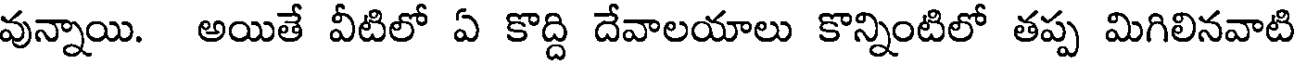
వున్నాయి. అయితే వీటిలో ఏ కొద్ది దేవాలయాలు కొన్నింటిలో తప్ప మిగిలినవాటి